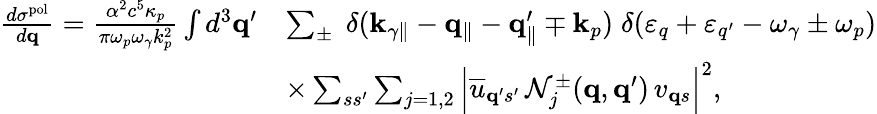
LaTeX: \begin{array}{rl}{\frac{d\sigma^{\mathrm{pol}}}{d{\mathbf q}}=\frac{\alpha^{2}c^{5}\kappa_{p}}{\pi\omega_{p}\omega_{\gamma}k_{p}^{2}}\int d^{3}{\mathbf q}^{\prime}}&{\sum_{\pm}\; \delta({\mathbf k}_{\gamma\parallel}-{\mathbf q}_{\parallel}-{\mathbf q}_{\parallel}^{\prime}\mp{\mathbf k}_{p})\; \delta(\varepsilon_{q}+\varepsilon_{q^{\prime}}-\omega_{\gamma}\pm\omega_{p})}\\ &{\times\sum_{ss^{\prime}}\sum_{j=1,2}\Big|\overline{{u}}_{{\mathbf q}^{\prime}s^{\prime}}\, \mathcal{N}_{j}^{\pm}({\mathbf q},{\mathbf q}^{\prime})\, v_{{\mathbf q}s}\Big|^{2},}\end{array}